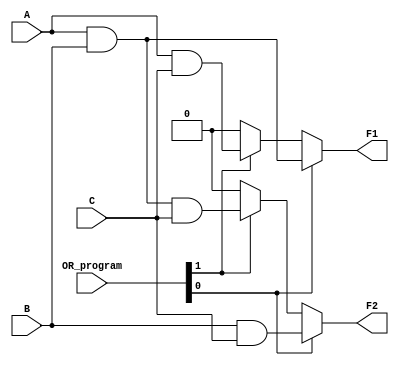
module masked_pal (
    input wire A,         // Input A
    input wire B,         // Input B
    input wire C,         // Input C
    input wire [N-1:0] OR_program, // OR programming signals for outputs
    output wire F1,
    output wire F2
);

// Define the number of product terms
parameter M = 4;  // Number of fixed AND gates
parameter N = 2;  // Number of outputs

// AND array outputs (product terms)
wire [M-1:0] P;

// Fixed AND gate implementations
assign P[0] = A & B;              // P1 = A AND B
assign P[1] = A & C;              // P2 = A AND C
assign P[2] = B & C;              // P3 = B AND C
assign P[3] = A & B & C;          // P4 = A AND B AND C

// OR array - programmable outputs
assign F1 = (OR_program[0]) ? P[0] : 1'b0 |
            (OR_program[1]) ? P[1] : 1'b0 |
            1'b0; // Add more programmable connections as needed

assign F2 = (OR_program[0]) ? P[2] : 1'b0 |
            (OR_program[1]) ? P[3] : 1'b0 |
            1'b0; // Add more programmable connections as needed

endmodule